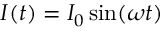
I ( t ) = I _ { 0 } \sin ( \omega t )